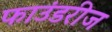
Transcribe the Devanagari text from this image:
फाउंडरीज